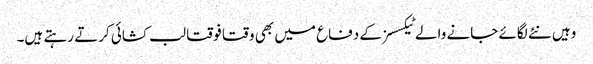
وہیں نئے لگائے جانے والے ٹیکسسز کے دفاع میں بھی وقتا فوقتا لب کشائی کرتے رہتے ہیں۔